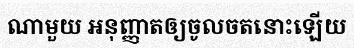
ណាមួយ អនុញ្ញាតឲ្យចូលចតនោះឡើយ